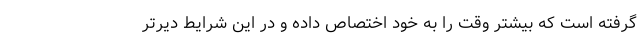
گرفته است که بیشتر وقت را به خود اختصاص داده و در این شرایط دیرتر